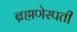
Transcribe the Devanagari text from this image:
ब्रह्मणेस्पती